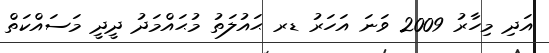
އަދި މިހާރު 2009 ވަނަ އަހަރު ޑރ ޙައުލަތު މުޙައްމަދު ދީދީ މަސައްކަތް